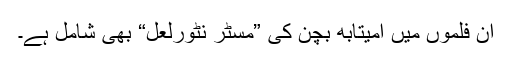
ان فلموں میں امیتابھ بچن کی ”مسٹر نٹورلعل“ بھی شامل ہے۔